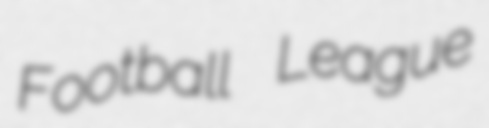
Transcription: Football League